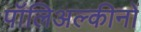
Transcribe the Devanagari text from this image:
पॉलिअल्कीनों